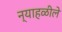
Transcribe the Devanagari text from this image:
न्याहळीले